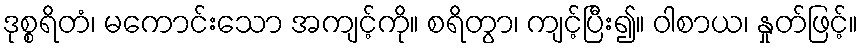
ဒုစ္စရိတံ၊ မကောင်းသော အကျင့်ကို။ စရိတွာ၊ ကျင့်ပြီး၍။ ဝါစာယ၊ နှုတ်ဖြင့်။